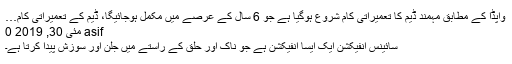
واپڈا کے مطابق مہمند ڈیم کا تعمیراتی کام شروع ہوگیا ہے جو 6 سال کے عرصے میں مکمل ہوجائیگا، ڈیم کے تعمیراتی کام…
asif مئی 30, 2019 0
سائینس انفیکشن ایک ایسا انفیکشن ہے جو ناک اور حلق کے راستے میں جلن اور سوزش پیدا کرتا ہے۔